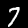
Digit: 7